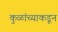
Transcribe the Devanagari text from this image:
कुळांच्याकडून